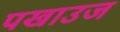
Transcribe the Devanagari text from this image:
पखाउज